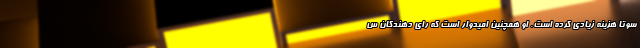
سوتا هزینه زیادی کرده است. او همچنین امیدوار است که رای دهندگان س